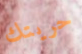
حريتك